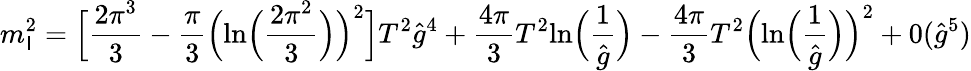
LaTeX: m_{\mathsf{I}}^{2}=\Bigl[{\frac{{2\pi^{3}}}{{3}}}-{\frac{{\pi}}{{3}}}\Big(\mathrm{{ln}}\Big({\frac{{2\pi^{2}}}{{3}}}\Big)\Big)^{2}\Big]T^{2}{\hat{{g}}}^{4}+{\frac{{4\pi}}{{3}}}T^{2}\mathrm{{ln}}\Big({\frac{{1}}{{\hat{{g}}}}}\Big)-{\frac{{4\pi}}{{3}}}T^{2}\Big(\mathrm{{ln}}\Big({\frac{{1}}{{\hat{{g}}}}}\Big)\Big)^{2}+0({\hat{{g}}}^{5})